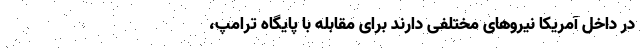
در داخل آمریکا نیروهای مختلفی دارند برای مقابله با پایگاه ترامپ،